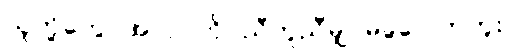
သူတို့တွေ အလုပ်ကို ညီတူညီမျှ မခွဲဝေကြဘူး။